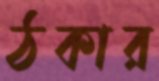
ঠকার